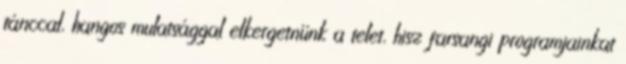
tánccal, hangos mulatsággal elkergetnünk a telet, hisz farsangi programjainkat